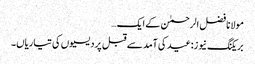
مولانا فضل الرحمٰن کے ایک…
بریکنگ نیوز:عید کی آمد سے قبل پردیسیوں کی تیاریاں۔